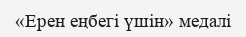
«Ерен еңбегі үшін» медалі